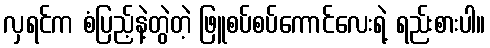
လှရင်က စံပြည့်နဲ့တွဲတဲ့ ဖြူစပ်စပ်ကောင်လေးရဲ့ ရည်းစားပါ။